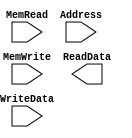
module DataMemory (MemRead, MemWrite, Address, WriteData, ReadData);

	input MemRead;
	input MemWrite;
	input [31:0] Address;
	input [31:0] WriteData;
	output [31:0] ReadData;
	
endmodule